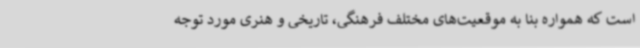
است که همواره بنا به موقعیت‌های مختلف فرهنگی، تاریخی و هنری مورد توجه